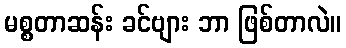
မစ္စတာဆန်း ခင်ဗျား ဘာ ဖြစ်တာလဲ။